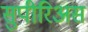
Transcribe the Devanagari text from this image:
सुपीरिअस